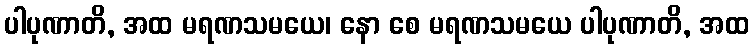
ပါပုဏာတိ, အထ မရဏသမယေ၊ နော စေ မရဏသမယေ ပါပုဏာတိ, အထ